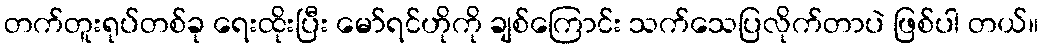
တက်တူးရုပ်တစ်ခု ရေးထိုးပြီး မော်ရင်ဟိုကို ချစ်ကြောင်း သက်သေပြလိုက်တာပဲ ဖြစ်ပါ တယ်။